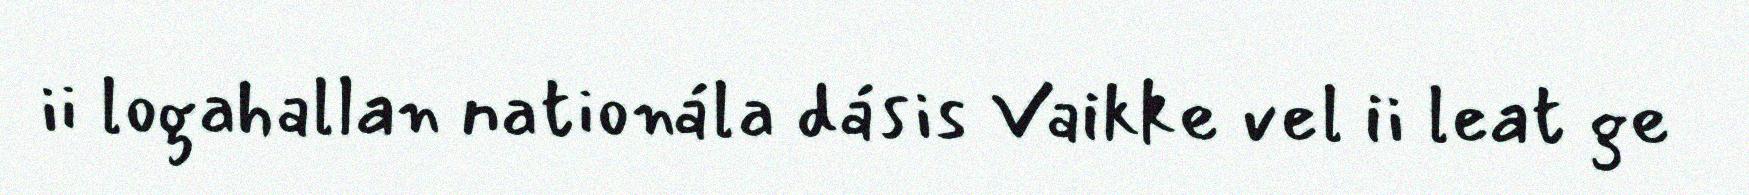
ii logahallan nationála dásis Vaikke vel ii leat ge